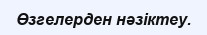
Өзгелерден нәзіктеу.